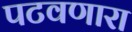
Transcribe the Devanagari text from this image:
पटवणारा